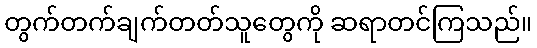
တွက်တက်ချက်တတ်သူတွေကို ဆရာတင်ကြသည်။